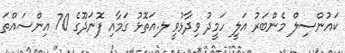
ކައުންސިލް މެންބަރު އަލީ ހަމީދު ވިދާޅުވީ ލ.އަތޮޅު ގަމާއި ފޮނަދޫގެ 70 އިންސައްތަ